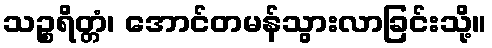
သဉ္စရိတ္တံ၊ အောင်တမန်သွားလာခြင်းသို့။